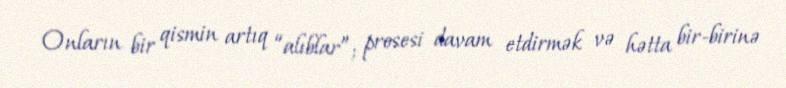
Onların bir qismin artıq “alıblar”; prosesi davam etdirmək və hətta bir-birinə